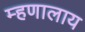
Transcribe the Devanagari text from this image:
म्हणालाय